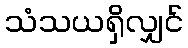
သံသယရှိလျှင်